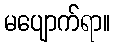
မပျောက်ရာ။